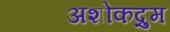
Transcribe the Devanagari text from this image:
अशोकद्रुम